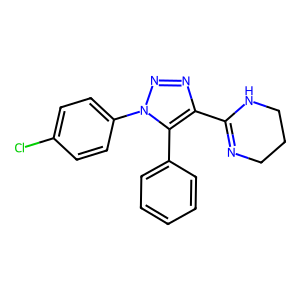
SMILES: Clc1ccc(-n2nnc(C3=NCCCN3)c2-c2ccccc2)cc1
Inhibits HIV replication: No